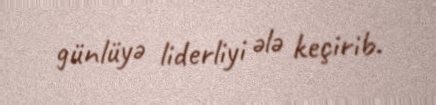
günlüyə liderliyi ələ keçirib.